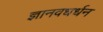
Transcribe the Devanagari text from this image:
ज्ञानवधर्धन